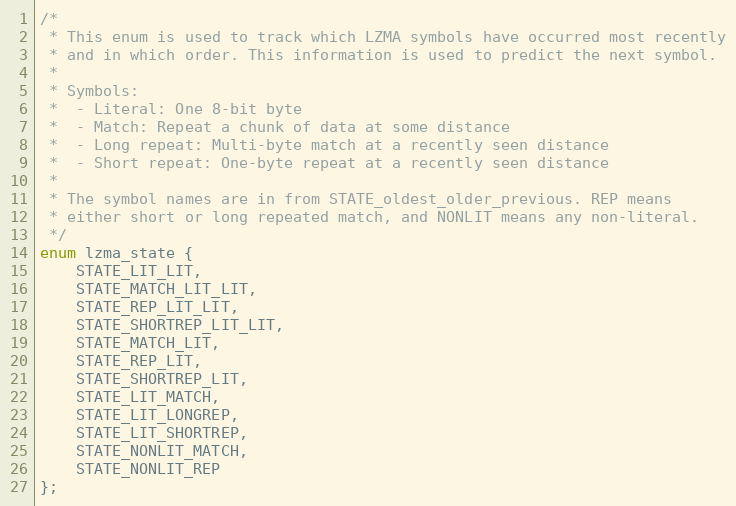
Language: C
/*
 * This enum is used to track which LZMA symbols have occurred most recently
 * and in which order. This information is used to predict the next symbol.
 *
 * Symbols:
 *  - Literal: One 8-bit byte
 *  - Match: Repeat a chunk of data at some distance
 *  - Long repeat: Multi-byte match at a recently seen distance
 *  - Short repeat: One-byte repeat at a recently seen distance
 *
 * The symbol names are in from STATE_oldest_older_previous. REP means
 * either short or long repeated match, and NONLIT means any non-literal.
 */
enum lzma_state {
    STATE_LIT_LIT,
    STATE_MATCH_LIT_LIT,
    STATE_REP_LIT_LIT,
    STATE_SHORTREP_LIT_LIT,
    STATE_MATCH_LIT,
    STATE_REP_LIT,
    STATE_SHORTREP_LIT,
    STATE_LIT_MATCH,
    STATE_LIT_LONGREP,
    STATE_LIT_SHORTREP,
    STATE_NONLIT_MATCH,
    STATE_NONLIT_REP
};